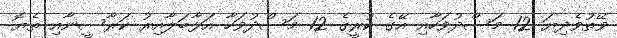
ވޭތުވެދިޔަ 12 މަސްދުވަހާއި އޭގެ ކުރީގެ 12 މަސްދުވަހާ އަޅާބަލާއިރު ކަރާސީނާއި ތެޔޮ